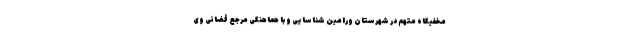
مخفیگاه متهم در شهرستان ورامین شناسایی و با هماهنگی مرجع قضائی وی